Jaan_Tonisson_(Lasteleht), lk 224
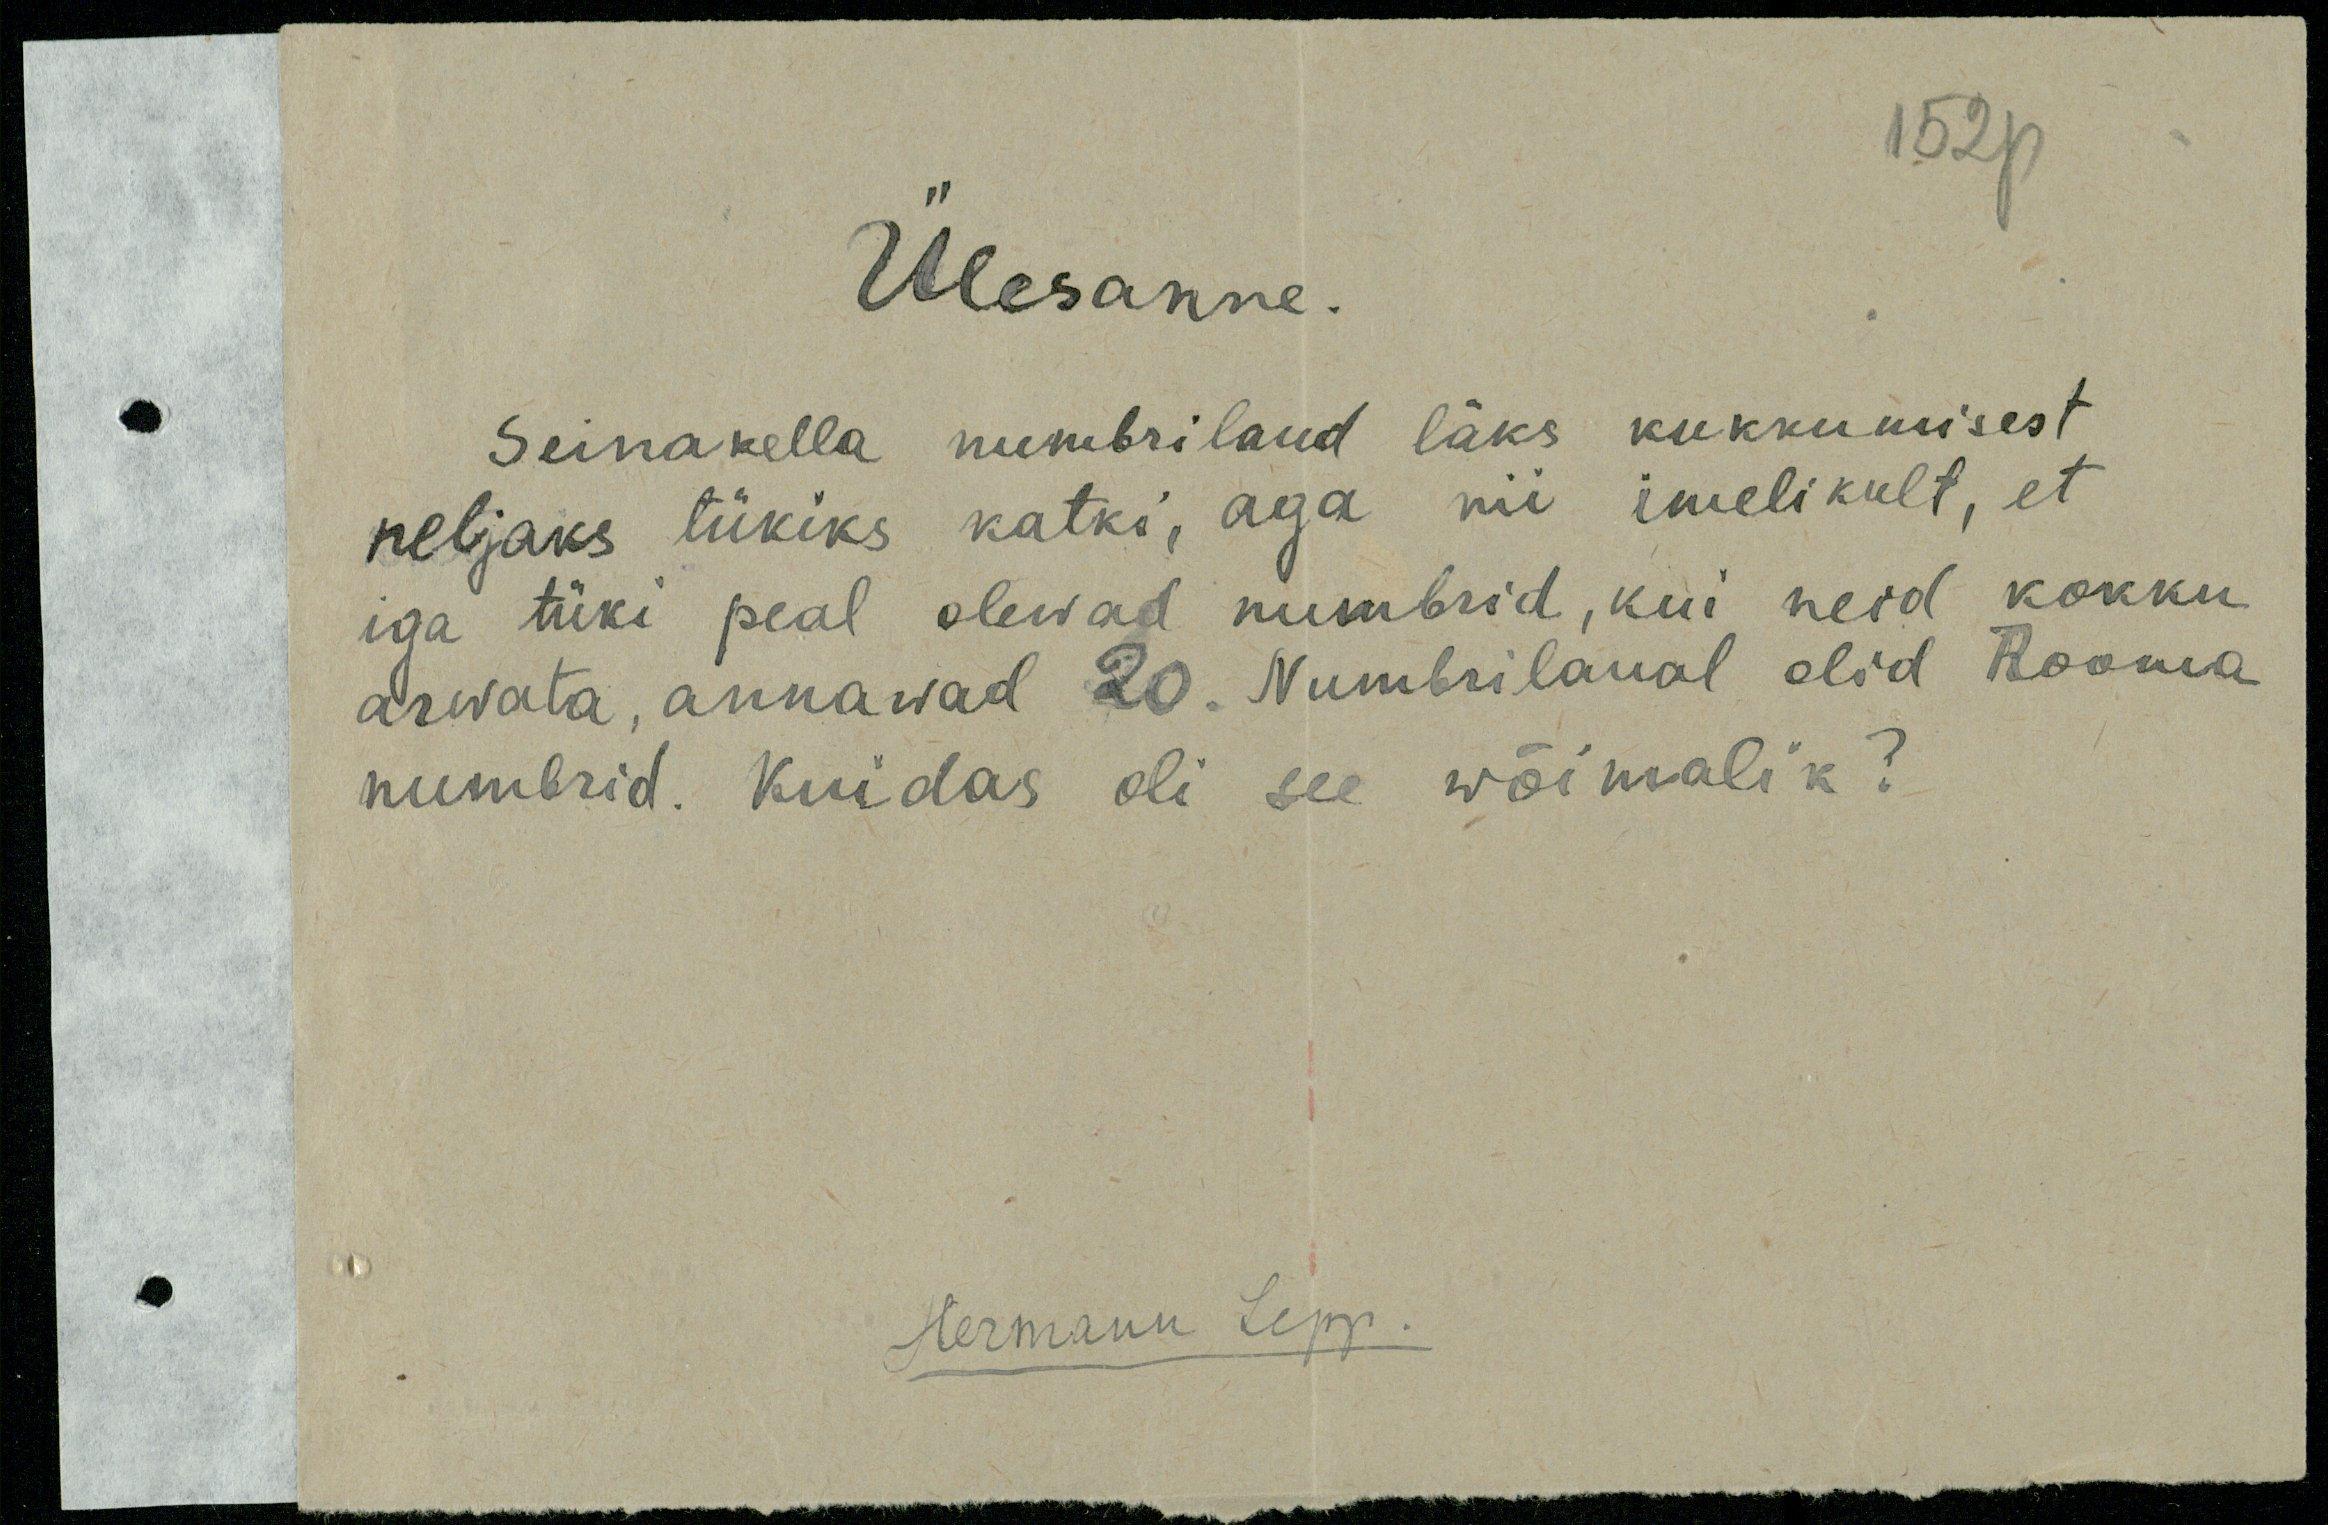
152p
Ülesanne.
Seinakella numbrilaud läks kukkumisest
neljaks tükiks katki, aga nii imelikult, et
iga tüki peal olewad numbrid, kui neid kokku
arwata, annawad 20. Numbrilaual olid Rooma
numbrid. Kuidas oli see wõimalik?
Hermann Lepp.